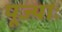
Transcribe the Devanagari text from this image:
पूज्याः